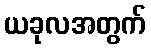
ယခုလအတွက်